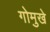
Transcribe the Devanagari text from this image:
गोमुखे